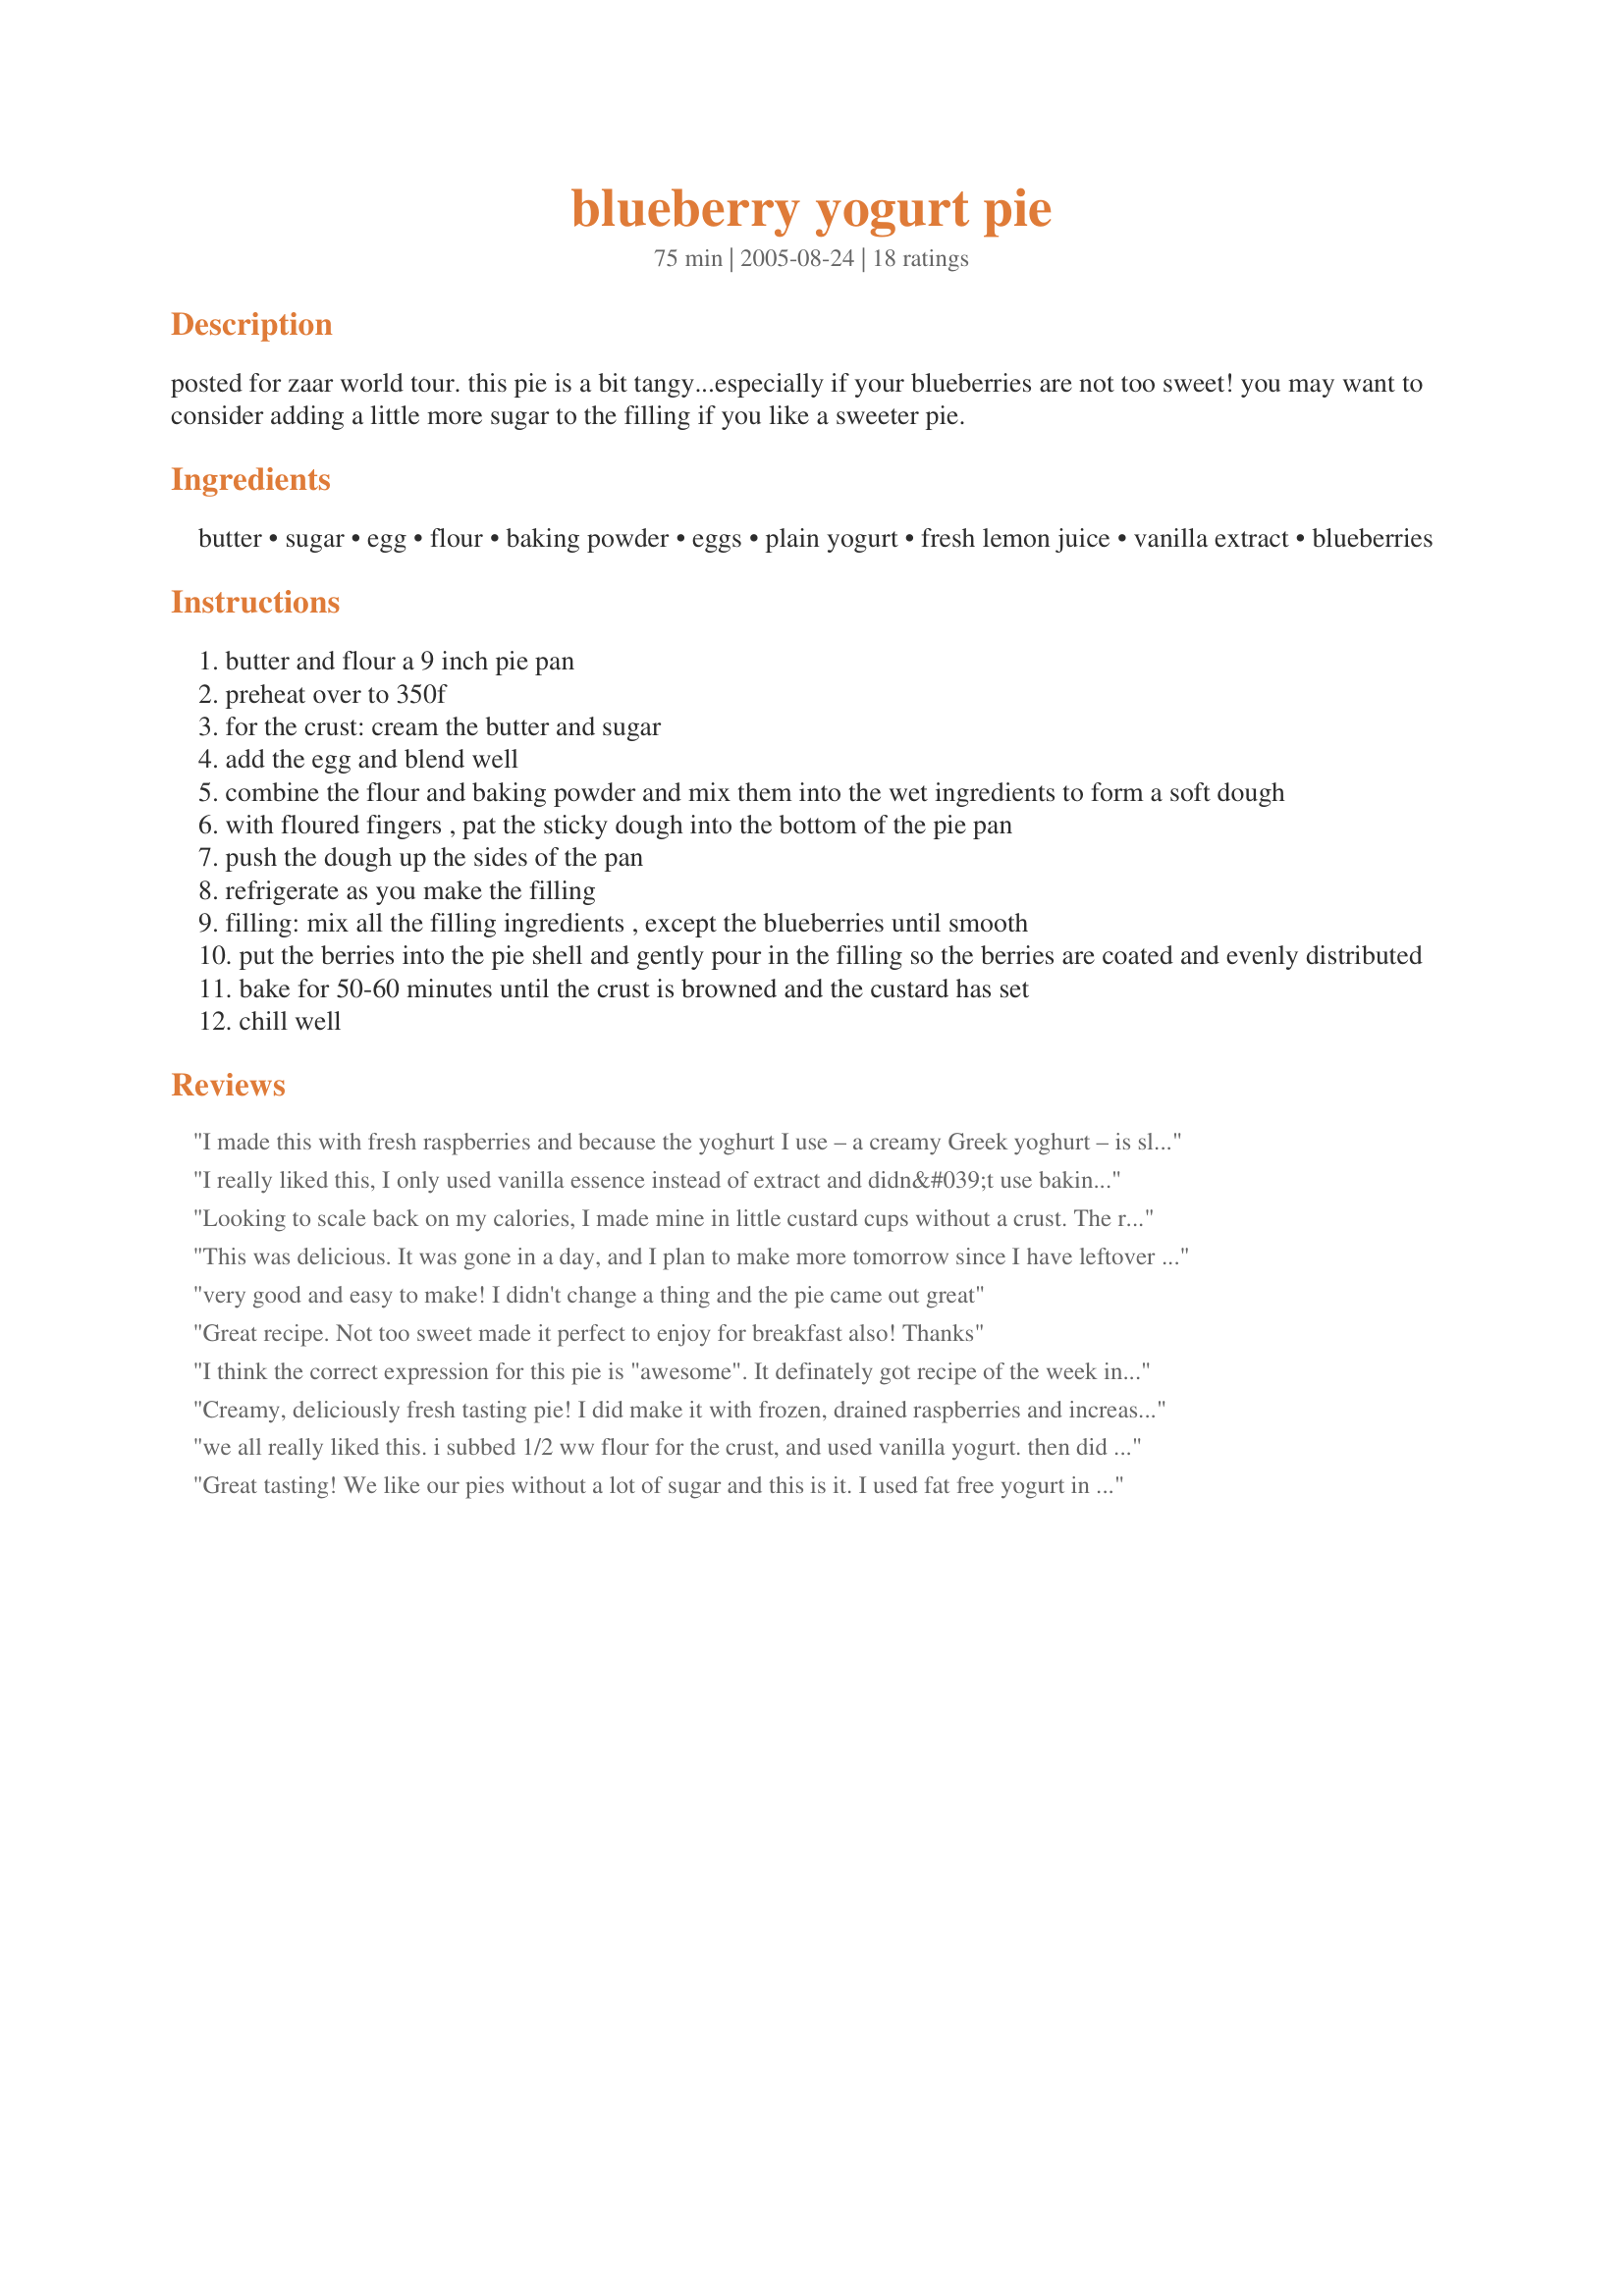
blueberry yogurt pie
Preparation time: 75 minutes

posted for zaar world tour. this pie is a bit tangy...especially if your blueberries are not too sweet! you may want to consider adding a little more sugar to the filling if you like a sweeter pie.

Ingredients:
butter, sugar, egg, flour, baking powder, eggs, plain yogurt, fresh lemon juice, vanilla extract, blueberries

Steps:
butter and flour a 9 inch pie pan
preheat over to 350f
for the crust: cream the butter and sugar
add the egg and blend well
combine the flour and baking powder and mix them into the wet ingredients to form a soft dough
with floured fingers , pat the sticky dough into the bottom of the pie pan
push the dough up the sides of the pan
refrigerate as you make the filling
filling: mix all the filling ingredients , except the blueberries until smooth
put the berries into the pie shell and gently pour in the filling so the berries are coated and evenly distributed
bake for 50-60 minutes until the crust is browned and the custard has set
chill well

Reviews:
I made this with fresh raspberries and because the yoghurt I use – a creamy Greek yoghurt – is slightly sweet and because I like the tartness of raspberries anyway, I used one less tablespoon of sugar and may use even less next time. Because I have heaps of oranges at the moment, I also made this with half orange juice and half lemon juice. The type of sugar to be used was not specified, and when in doubt I tend to use brown sugar. It took me longer than 15 minutes to prepare this, probably more like half an hour, but still not very long for such a delicious pie. Totally scrumptious. Great crust – so much better than bought pastry cases – which was easy to make and a filling which is obviously really versatile so that it can be adapted to what’s available, and your taste preference whims of the moment. I also loved the fact that this recipe uses yoghurt instead of cream cheese. So glad to have found this recipe, Bunny Mom. I’ll be making this one again and again. Thank you!
I really liked this, I only used vanilla essence instead of extract and didn&#039;t use baking powder. I used self-raising flour which is why I didn&#039;t use baking powder. Had no essence, it still tastes great. Definitely something I will continue to make. :)
Looking to scale back on my calories, I made mine in little custard cups without a crust. The results were a lovely cup of saucy blueberries covered by a tangy creamy layer of the filling. I tried mine 2 hours out of the oven and again the next day. Huge difference. The longer this cools, the better it gets - the yogurt gets creamier and sets up just perfectly. Plus the sauce in the berries gets juicier and firmer. Make it a full day ahead of time, it'll be worth it. (Also, using Splenda as I did makes it WW Core and SBD friendly.)
This was delicious. It was gone in a day, and I plan to make more tomorrow since I have leftover ingredients. I used the Greek Gods blueberry honey greek yogurt instead of the plain yogurt, used frozen blueberries. The crust is so amazing on this. It was the best tasting pie crust!
very good and easy to make! I didn't change a thing and the pie came out great
Great recipe. Not too sweet made it perfect to enjoy for breakfast also! 

Thanks
I think the correct expression for this pie is "awesome". It definately got recipe of the week in our home. DH awarded it "5, no 6 stars", my Mother said it was "excellent" and I agree with both of them! I think this will also work well with different fruit fillings and at some time I'd like to try making individual portion sized pies. Thanks for a great recipe, Bunny Mom. 

Creamy, deliciously fresh tasting pie! I did make it with frozen, drained raspberries and increased the sugar to 1/3 cup since my raspberries are quite tart. The filling is yummy and the crust is really easy to make. This is a keeper! Thanks!
we all really liked this. i subbed 1/2 ww flour for the crust, and used vanilla yogurt. then did half blueberries, half raspberries. i would defiantly make it again!
Great tasting! We like our pies without a lot of sugar and this is it. I used fat free yogurt in vanilla flavour and omitted adding the vanilla. I had a little trouble with the crust, had to keep adding flour until it stopped sticking to my fingers. I used frozen blueberries and didn't thaw them out first. Cooked for the full hour. Thanks Ms Bindy for posting this.
This was a great tasting pie and easy to make. I am not good at making pie crusts and rolling them out so patting the crust in the pan was perfect for me. Used thawed frozen blueberries and I sprinkled a little sugar over them when I added them to the pie crust. A nice light and cool treat!
So good even tho I didn&#039;t let it chill long enough. I love that this is not overly sweet and has a good tang from the yogurt. I used Greek yogurt, and had less than I thought, so supplemented with a couple tablespoons of sour cream. To cut carbs, I used Splenda rather than sugar, so this cracked a bit, but it was worth it. I also made a pecan crust, so I didn&#039;t get the benefit of the shortbread crust, but again, I think the results made up for the sacrifice. Was perfectly cooked in 50 minutes. Kids didn&#039;t care for the tartness, but hubby and I thank you for sharing.
This is a good recipe for a simple and lighter-than-usual pie. Unfortunately, the fresh blueberries I used didn't have very much flavor, and I am sure it would have been even better otherwise.
We really enjoyed this recipe. It was quite tasty! It ended up being just a tad too tangy for us, but I think it would have been better if I had used fresh berries; I will try that next time. Thanks for the wonderful light dessert!
I baked this after dinner last night & was afraid to cut into it until it chilled so it waited in the fridge overnight. I think I dreamed about eating it ;-) So, I had it for breakfast. And totally worth my wait! The crust reminds me of a shortbread cookie & the tart filling is perfect. Thanks so much fr posting!
This is a very nice pie! We love blueberries and they were perfect here. I will try it with raspberries this weekend for father's day brunch.
Thanks!!
Follow this to a T, great recipe! Used frozen blueberries and ate it for breakfast for a few days <3 Thanks for posting!
Made this last night and served it this afternoon. It was brilliant!!! So light and just the right amount of sweetness to hit the spot! Definitely should be served completely chilled.
